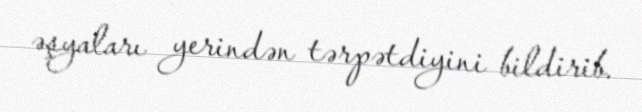
əşyaları yerindən tərpətdiyini bildirib.